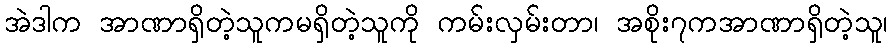
အဲဒါက အာဏာရှိတဲ့သူကမရှိတဲ့သူကို ကမ်းလှမ်းတာ၊ အစိုး၇ကအာဏာရှိတဲ့သူ၊